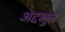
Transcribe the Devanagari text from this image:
अद्दभुत